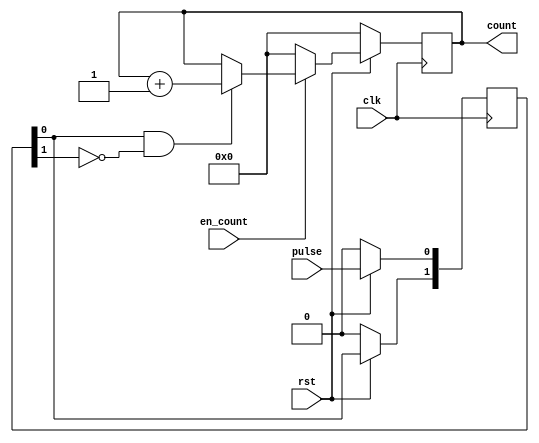
// This program was cloned from: https://github.com/MongooseOrion/FPGA_atoms
// License: MIT License

//
//  generate  16 
//


module counter_16(
    input               clk,
    input               rst,
    input               pulse,
    input               en_count,
    output reg [15:0]   count
);

wire    rise_edge;
wire    fall_edge;

reg [1:0]   r_pulse;
//reg [15:0]  cnt;


//
// 
//
always@(posedge clk) begin
    if(!rst) begin
        r_pulse <= 2'b00;
    end
    else begin
        // 010
        r_pulse[0] <= pulse;
        r_pulse[1] <= r_pulse[0];
        //  r_pulse <= {r_pulse[0],pulse};
        
        // 2
        // 
        // 
    end
end

// assign r_pulse1_invert = ~r_pulse[1];
// assign r_pulse1_invert1 = ~r_pulse[0];
assign rise_edge = r_pulse[0] & ~r_pulse[1];
assign fall_edge = r_pulse[1] & ~r_pulse[0];


//
// 
//
always@(posedge clk) begin
    if(!rst) begin
        count <= 0;
    end
    else begin
        if(en_count) begin
            if(rise_edge) begin
                count <= count+1;
            end
            else begin
                count <= count;
            end
        end
        else begin
            count <= 'b0;
        end
    end
end 

endmodule